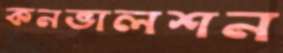
কনভালশন